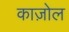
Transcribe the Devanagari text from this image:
काज़ोल